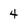
Character: 4